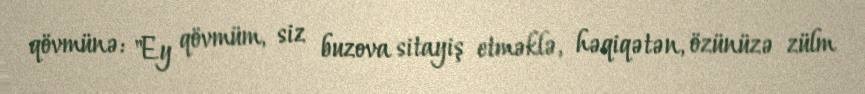
qövmünə: "Ey qövmüm, siz buzova sitayiş etməklə, həqiqətən, özünüzə zülm